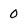
Character: 0